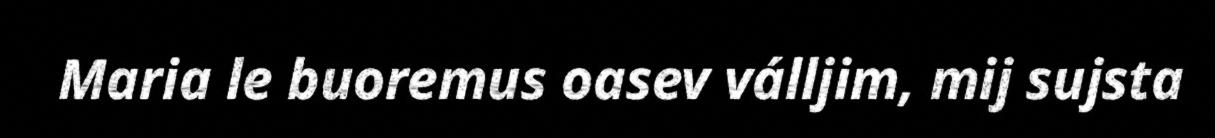
Maria le buoremus oasev válljim, mij sujsta